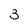
Character: 3